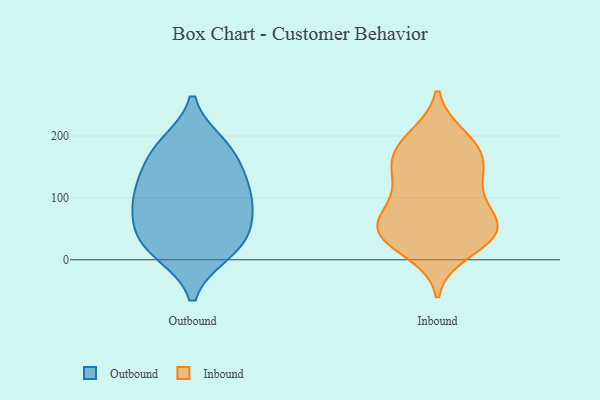
{"axis": {"x": "Churn Rate (%)", "y": "Value"}, "legend": ["Inbound", "Outbound"], "data": [{"x": "", "y": 12, "type": "Outbound"}, {"x": "", "y": 167, "type": "Outbound"}, {"x": "", "y": 62, "type": "Outbound"}, {"x": "", "y": 133, "type": "Outbound"}, {"x": "", "y": 13, "type": "Outbound"}, {"x": "", "y": 182, "type": "Outbound"}, {"x": "", "y": 118, "type": "Outbound"}, {"x": "", "y": 43, "type": "Outbound"}, {"x": "", "y": 113, "type": "Outbound"}, {"x": "", "y": 31, "type": "Outbound"}, {"x": "", "y": 89, "type": "Outbound"}, {"x": "", "y": 82, "type": "Outbound"}, {"x": "", "y": 186, "type": "Outbound"}, {"x": "", "y": 12, "type": "Inbound"}, {"x": "", "y": 33, "type": "Inbound"}, {"x": "", "y": 41, "type": "Inbound"}, {"x": "", "y": 79, "type": "Inbound"}, {"x": "", "y": 157, "type": "Inbound"}, {"x": "", "y": 199, "type": "Inbound"}, {"x": "", "y": 136, "type": "Inbound"}, {"x": "", "y": 157, "type": "Inbound"}, {"x": "", "y": 82, "type": "Inbound"}, {"x": "", "y": 105, "type": "Inbound"}, {"x": "", "y": 42, "type": "Inbound"}, {"x": "", "y": 41, "type": "Inbound"}, {"x": "", "y": 194, "type": "Inbound"}, {"x": "", "y": 128, "type": "Inbound"}, {"x": "", "y": 40, "type": "Inbound"}, {"x": "", "y": 163, "type": "Inbound"}, {"x": "", "y": 59, "type": "Inbound"}, {"x": "", "y": 186, "type": "Inbound"}, {"x": "", "y": 59, "type": "Inbound"}]}